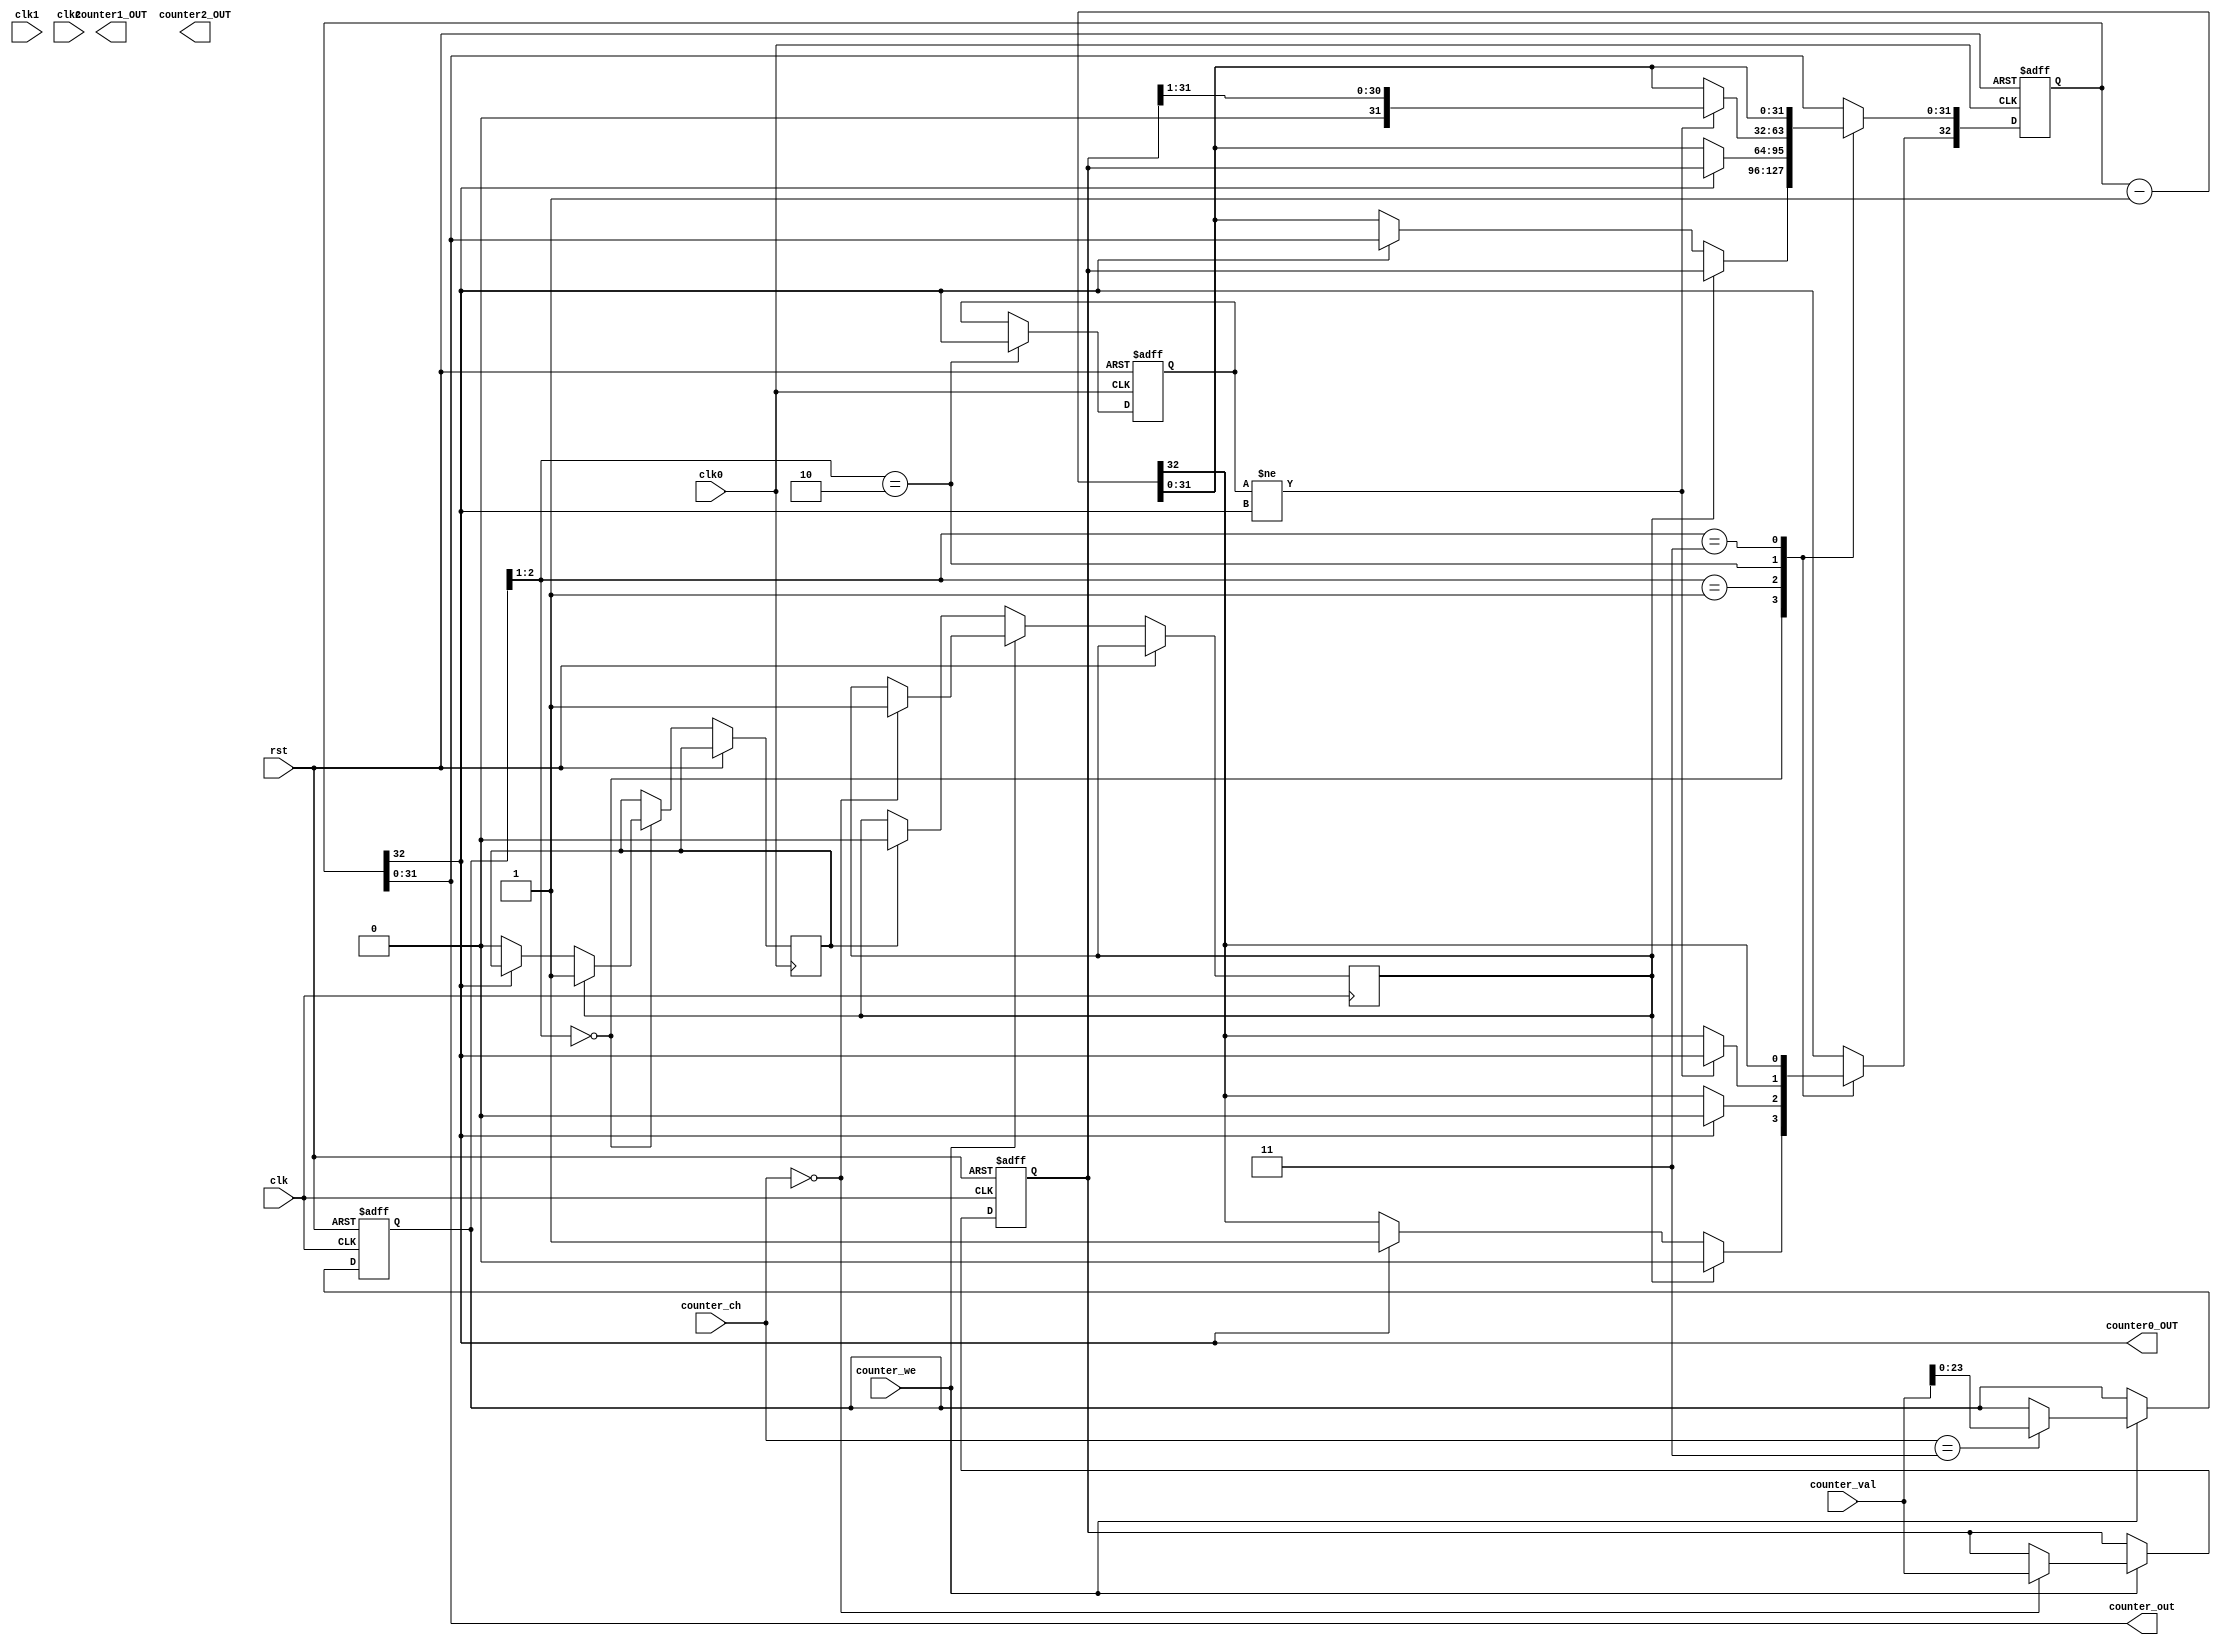
module Counter_x(input clk,
					input rst,
					input clk0,
					input clk1,
					input clk2,
					input counter_we,
					input [31:0] counter_val,
					input [1:0] counter_ch,				//Counter channel set

					output counter0_OUT,
					output counter1_OUT,
					output counter2_OUT,
					output [31:0] counter_out
					
					);
reg [32:0] counter0,counter1,counter2;
reg [31:0] counter0_Lock,counter1_Lock,counter2_Lock;
reg [23:0] counter_Ctrl;
reg sq0,sq1,sq2,M0,M1,M2,clr0,clr1,clr2;

//Counter read or write & set		counter_ch=SC1 SC0; counter_Ctrl=XX M2 M1 M0 X
		
	always @ (posedge clk or posedge rst) begin 
		if (rst )
			begin counter0_Lock <=0;counter1_Lock <=0;counter2_Lock <=0;counter_Ctrl<=0; end
		else	 	
			if (counter_we) begin
				case(counter_ch)
					2'h0: begin counter0_Lock <= counter_val;  M0<=1; end	//f0000000: bit1 bit0 =00
					2'h1: begin counter1_Lock <= counter_val;  M1<=1; end //f0000000: bit1 bit0 =01 
					2'h2: begin counter2_Lock <= counter_val;  M2<=1; end //f0000000: bit1 bit0 =10
					2'h3: begin counter_Ctrl <= counter_val[23:0];    end //counter_Ctrl=XX M2 M1 M0 X
				endcase
				end
			else begin counter0_Lock <=counter0_Lock;
						  counter1_Lock <=counter1_Lock;
						  counter2_Lock <=counter2_Lock;
						  counter_Ctrl<=counter_Ctrl;
						  if(clr0) M0<=0;
						  if(clr1) M1<=0;
						  if(clr2) M2<=0;						  
					end
	end

// Counter channel 0			
	always @ (posedge clk0 or posedge rst) begin 
		if (rst )
			begin counter0<=0; sq0<=0; end
		else
			case(counter_Ctrl[2:1])
				2'b00: begin if (M0) begin counter0 <= {1'b0,counter0_Lock}; clr0<=1; end 
								 else if  (counter0[32]==0)begin counter0 <= counter0 - 1'b1; clr0<=0; end
						 end  
				2'b01: begin if (counter0[32]==0) counter0 <= counter0 - 1'b1; else counter0 <={1'b0,counter0_Lock}; end
				2'b10: begin sq0<=counter0[32];
						 if (sq0!=counter0[32]) counter0[31:0] <= {1'b0,counter0_Lock[31:1]}; else counter0 <= counter0 - 1'b1;end  
				2'b11: counter0 <= counter0 - 1'b1; 
			endcase
	end
	
/*// Counter channel 1		
	always @ (posedge clk1 or posedge rst) begin 
		if (rst )
			begin counter1<=0;sq1<=0; end
		else
			case(counter_Ctrl[10:9])
				2'b00: begin if (M1) begin counter1 <= {1'b0,counter1_Lock}; clr1<=1; end 
								 else if  (counter1[32]==0)begin counter1 <= counter1 - 1'b1; clr1<=0; end
						 end  
				2'b01: begin if (counter1[32]==1) counter1 <= counter1 - 1'b1; else counter1 <={1'b1,counter1_Lock}; end
				2'b10: begin sq1<=counter1[32];
						 if (sq1!=counter1[32]) counter1 <= {1'b0,counter1_Lock[31:1]}; else counter1 <= counter1 - 1'b1;end  
				2'b11: counter1 <= counter1 - 1'b1; 
			endcase
	end
// Counter channel 2	
	always @ (posedge clk2 or posedge rst) begin 
		if (rst )
			begin counter2<=0;sq2<=0; end
		else
			case(counter_Ctrl[18:17])
				2'b00: begin if (M2) begin counter2 <= {1'b0,counter2_Lock}; clr2<=1; end 
								 else if  (counter2[32]==0) begin counter2 <= counter2 - 1'b1; clr2<=0; end
						 end  				
				2'b01: begin if (counter2[32]==1) counter2 <= counter2 - 1'b1; else counter2 <={1'b1,counter2_Lock}; end
				2'b10: begin sq2<=counter2[32];
						 if (sq2!=counter2[32]) counter2 <= {1'b0,counter2_Lock[31:1]}; else counter2 <= counter2 - 1'b1;end  
				2'b11: counter2 <= counter2 - 1'b1; 
			endcase
	end
*/	
	assign counter0_OUT=counter0[32];
	assign counter1_OUT=counter1[32];
	assign counter2_OUT=counter2[32];
	assign counter_out = counter0[31:0];
/*	always @*
		case(counter_ch)
			2'h0: counter_out <= counter0[31:0];
			2'h1: counter_out <= counter1[31:0];
			2'h2: counter_out <= counter2[31:0];
			2'h3: counter_out <= {8'h00,counter_Ctrl} ;
		endcase
*/
endmodule